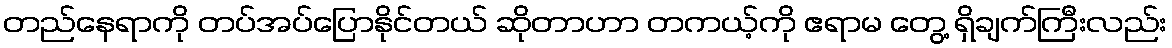
တည်နေရာကို တပ်အပ်ပြောနိုင်တယ် ဆိုတာဟာ တကယ့်ကို ဧရာမ တွေ့ ရှိချက်ကြီးလည်း